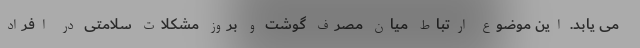
می یابد. این موضوع ارتباط میان مصرف گوشت و بروز مشکلات سلامتی در افراد